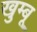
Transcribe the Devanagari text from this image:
खुम्बू